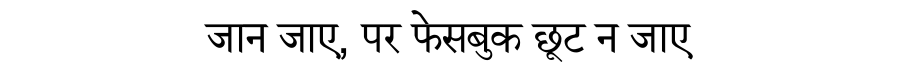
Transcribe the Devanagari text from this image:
जान जाए, पर फेसबुक छूट न जाए